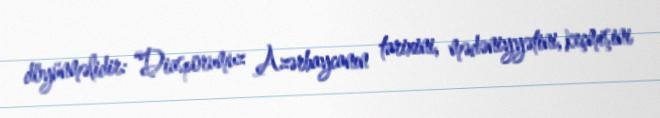
döyünməlidir: “Diasporumuz Azərbaycanın tarixini, mədəniyyətini, keçmişini